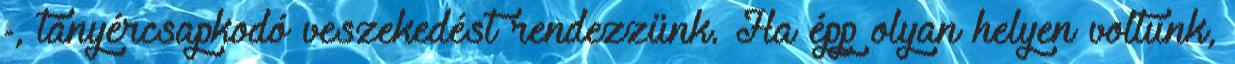
-, tányércsapkodó veszekedést rendezzünk. Ha épp olyan helyen voltunk,